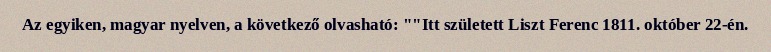
Az egyiken, magyar nyelven, a következő olvasható: ""Itt született Liszt Ferenc 1811. október 22-én.